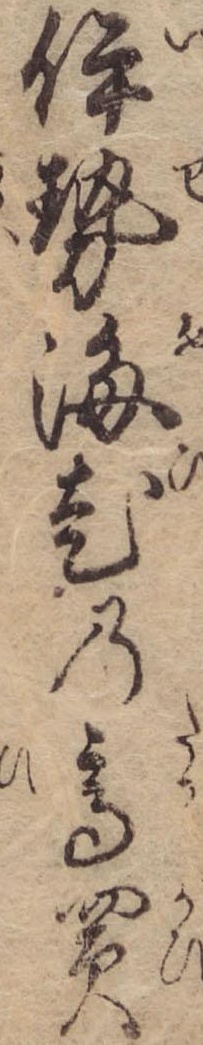
伊勢海老の高買